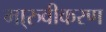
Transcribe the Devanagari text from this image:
मा्रुवीकरण